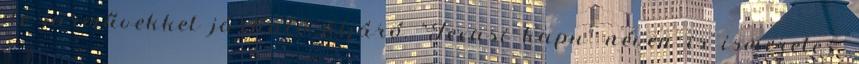
de járművekkel járható átjáró. "Texasi kapu" néven is ismeretes.